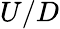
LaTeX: U/D